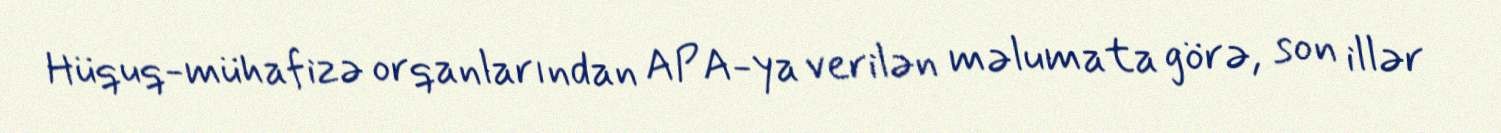
Hüquq-mühafizə orqanlarından APA-ya verilən məlumata görə, son illər